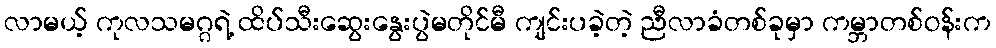
လာမယ့် ကုလသမဂ္ဂရဲ့ ထိပ်သီးဆွေးနွေးပွဲမတိုင်မီ ကျင်းပခဲ့တဲ့ ညီလာခံတစ်ခုမှာ ကမ္ဘာတစ်ဝန်းက